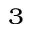
_ { 3 }